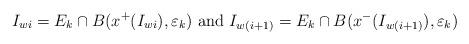
LaTeX: \begin{align*}I_{wi}=E_k\cap B(x^+(I_{wi}),\varepsilon_k)\,\,\mbox{and}\,\, I_{w(i+1)}=E_k\cap B(x^-(I_{w(i+1)}),\varepsilon_k)\end{align*}